Sketch of the medical history of the native army of Bombay, for the year
Year: 1876
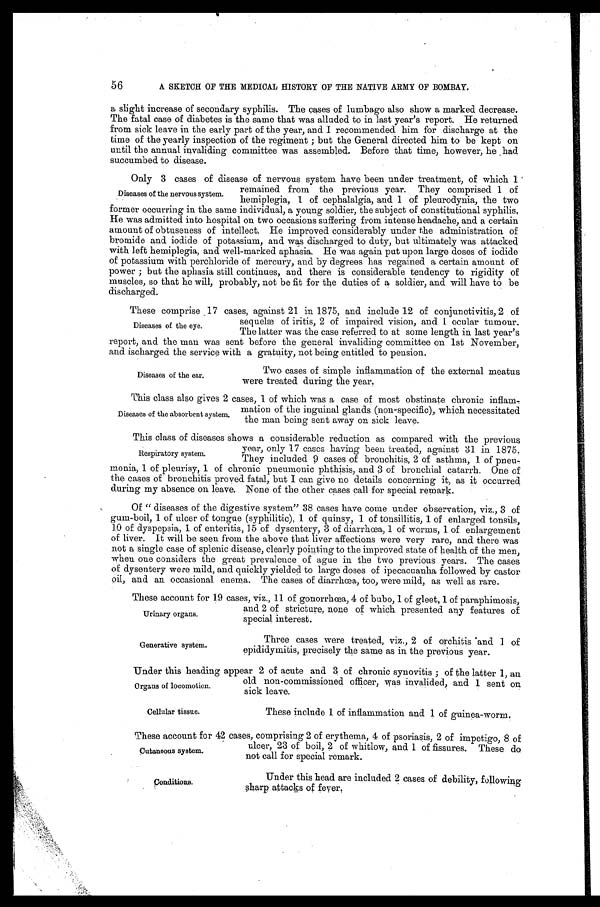
56
A SKETCH OF THE MEDICAL HISTORY OF THE NATIVE ARMY OF BOMBAY.
a slight increase of secondary syphilis. The cases of lumbago also show a marked decrease.
The fatal case of diabetes is the same that was alluded to in last year's report. He returned
from sick leave in the early part of the year, and I recommended him for discharge at the
time of the yearly inspection of the regiment; but the General directed him to be kept on
until the annual invaliding committee was assembled. Before that time, however, he had
succumbed to disease.
Only 3 cases of disease of nervous system have been under treatment, of which 1
remained from the previous year. They comprised 1 of
hemiplegia, 1 of cephalalgia, and 1 of pleurodynia, the two
former occurring in the same individual, a young soldier, the subject of constitutional syphilis.
He was admitted into hospital on two occasions suffering from intense headache, and a certain
amount of obtuseness of intellect. He improved considerably under the administration of
bromide and iodide of potassium, and was discharged to duty, but ultimately was attacked
with left hemiplegia, and well-marked aphasia. He was again put upon large doses of iodide
of potassium with perchloride of mercury, and by degrees has regained a certain amount of
power; but the aphasia still continues, and there is considerable tendency to rigidity of
muscles, so that he will, probably, not be fit for the duties of a soldier, and will have to be
discharged.
These comprise 17 cases, against 21 in 1875, and include 12 of conjunctivitis, 2 of
sequelæ of iritis, 2 of impaired vision, and 1 ocular tumour.
The latter was the case referred to at some length in last year's
report, and the man was sent before the general invaliding committee on 1st November,
and ischarged the service with a gratuity, not being entitled to pension.
Diseases of the nervous system.
Diseases of the eye.
Diseases of the ear.
Two cases of simple inflammation of the external meatus
were treated during the year.
This class also gives 2 cases, 1 of which was a case of most obstinate chronic inflam-
mation of the inguinal glands (non-specific), which necessitated
the man being sent away on sick leave.
This class of diseases shows a considerable reduction as compared with the previous
year, only 17 cases having been treated, against 31 in 1875.
They included 9 cases of bronchitis, 2 of asthma, 1 of pneu
-monia, 1 of pleurisy, 1 of chronic pneumonic phthisis, and 3 of bronchial catarrh. One of
the cases of bronchitis proved fatal, but I can give no details concerning it, as it occurred
during my absence on leave. None of the other cases call for special remark.
Of " diseases of the digestive system" 38 cases have come under observation, viz., 3 of
gum-boil, 1 of ulcer of tongue (syphilitic), 1 of quinsy, 1 of tonsillitis, 1 of enlarged tonsils,
10 of dyspepsia, 1 of enteritis, 15 of dysentery, 3 of diarrhœa, 1 of worms, 1 of enlargement
of liver. It will be seen from the above that liver affections were very rare, and there was
not a single case of splenic disease, clearly pointing to the improved state of health of the men,
when one considers the great prevalence of ague in the two previous years. The cases
of dysentery were mild, and quickly yielded to large doses of ipecacuanha followed by castor
oil, and an occasional enema. The cases of diarrhœa, too, were mild, as well as rare.
These account for 19 cases, viz., 11 of gonorrhœa, 4 of bubo, 1 of gleet, 1 of paraphimosis,
and 2 of stricture, none of which presented any features of
special interest.
Diseases of the absorbent system.
Respiratory system.
Urinary organs.
Generative system.
Three cases were treated, viz., 2 of orchitis and 1 of
epididymitis, precisely the same as in the previous year.
Under this heading appear 2 of acute and 3 of chronic synovitis; of the latter 1, an
old non-commissioned officer, was invalided, and 1 sent on
sick leave.
Organs of locomotion.
Cellular tissue.
These include 1 of inflammation and 1 of guinea-worm.
These account for 42 cases, comprising 2 of erythema, 4 of psoriasis, 2 of impetigo, 8 of
ulcer, 23 of boil, 2 of whitlow, and 1 of fissures. These do
not call for special remark.
Cutaneous sy stem.
Conditions.
Under this head are included 2 cases of debility, following
sharp attacks of fever.